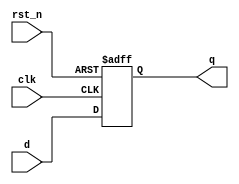
module d_flip_flop (
    input wire clk,      // Clock input
    input wire rst_n,    // Active low reset
    input wire d,       // Data input
    output reg q        // Data output
);

// Initial block to set the initial state of the output
initial begin
    q = 1'b0; // Initialize output to 0
end

// Always block triggered on the rising edge of clk or falling edge of rst_n
always @ (posedge clk or negedge rst_n) begin
    if (!rst_n) begin
        q <= 1'b0; // Reset output to 0 on active low reset
    end else begin
        q <= d; // On rising edge of clk, update output with input d
    end
end

endmodule